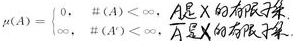
\[
p(A)= \begin{cases}
0, & \#(A)<\infty, \text{ $A$ 是 $\mathbb{X}$ 的有限子集} \\
\infty, & \text{其他}
\end{cases}
\]